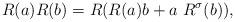
LaTeX: \begin{align*}R(a)R(b) = R(R(a) b + a\ R^\sigma(b)),\end{align*}